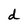
Character: d